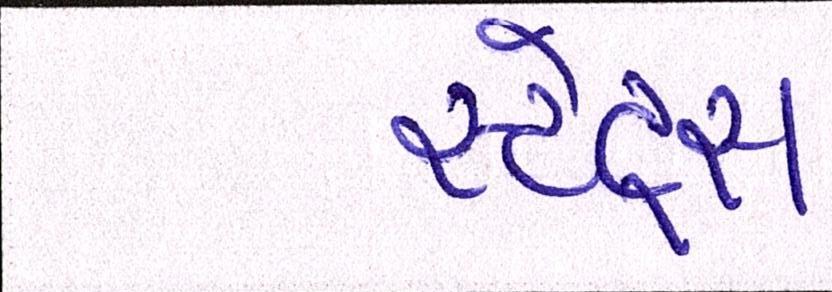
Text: સ્ટેટસ